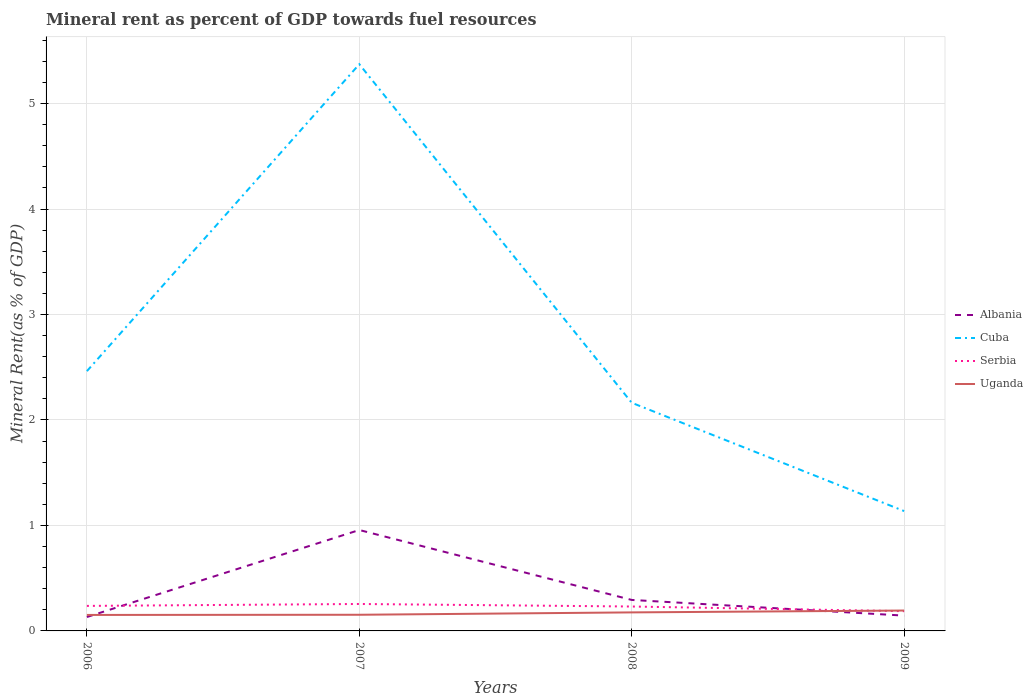
| Years | Albania | Cuba | Serbia | Uganda |
 | --- | --- | --- | --- | --- |
 | 2006 | 0.132 | 2.46 | 0.237 | 0.152 |
 | 2007 | 0.957 | 5.37 | 0.255 | 0.153 |
 | 2008 | 0.294 | 2.16 | 0.231 | 0.176 |
 | 2009 | 0.145 | 1.14 | 0.187 | 0.193 |